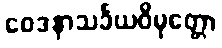
ဝေဒနာသင်္ခယဝိမုတ္တော